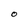
Character: O